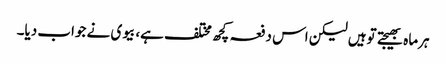
ہرماہ بھیجتے توہیں لیکن اس دفعہ کچھ مختلف ہے، بیوی نے جواب دیا۔